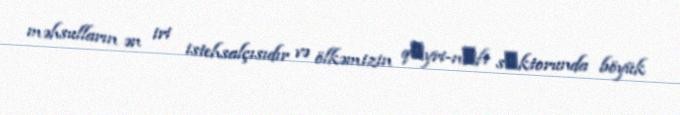
məhsulların ən iri istehsalçısıdır və ölkəmizin qеyri-nеft sеktorunda böyük